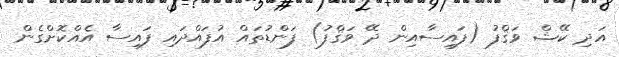
އަދި ކޭޝް ވަޤްފު (ފައިސާއިން ދޭ ވަޤްފު) ފަންޑުތައް އުފައްދައި ފައިސާ އެއްކޮށްގެން